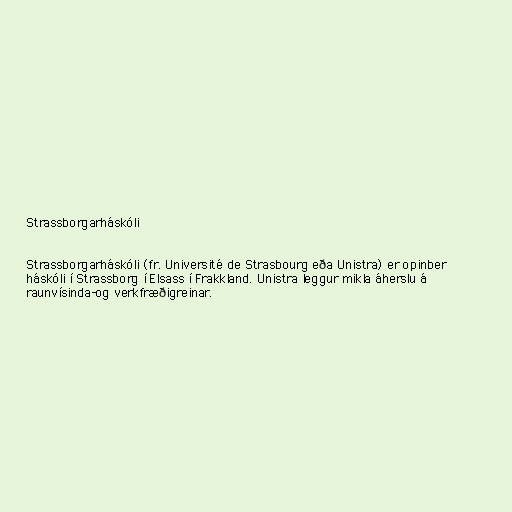
Strassborgarháskóli

Strassborgarháskóli (fr. Université de Strasbourg eða Unistra) er opinber
háskóli í Strassborg í Elsass í Frakkland. Unistra leggur mikla áherslu á
raunvísinda-og verkfræðigreinar.